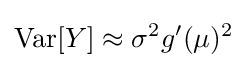
\operatorname {Var} [Y]\approx \sigma ^{2}g'(\mu )^{2}